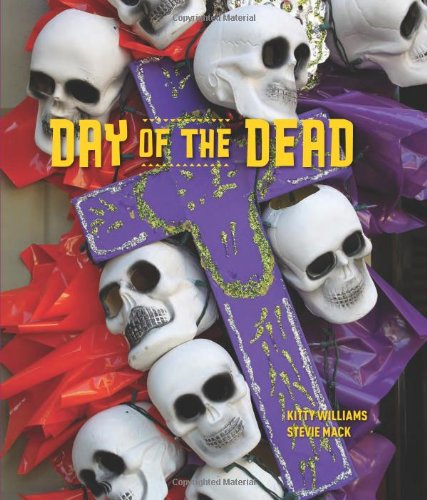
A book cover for Day of the Dead; Kitty Williams; Arts & Photography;